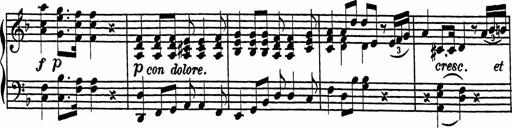
Title: 2 Sonatines
Composer: Richard Zeckwer